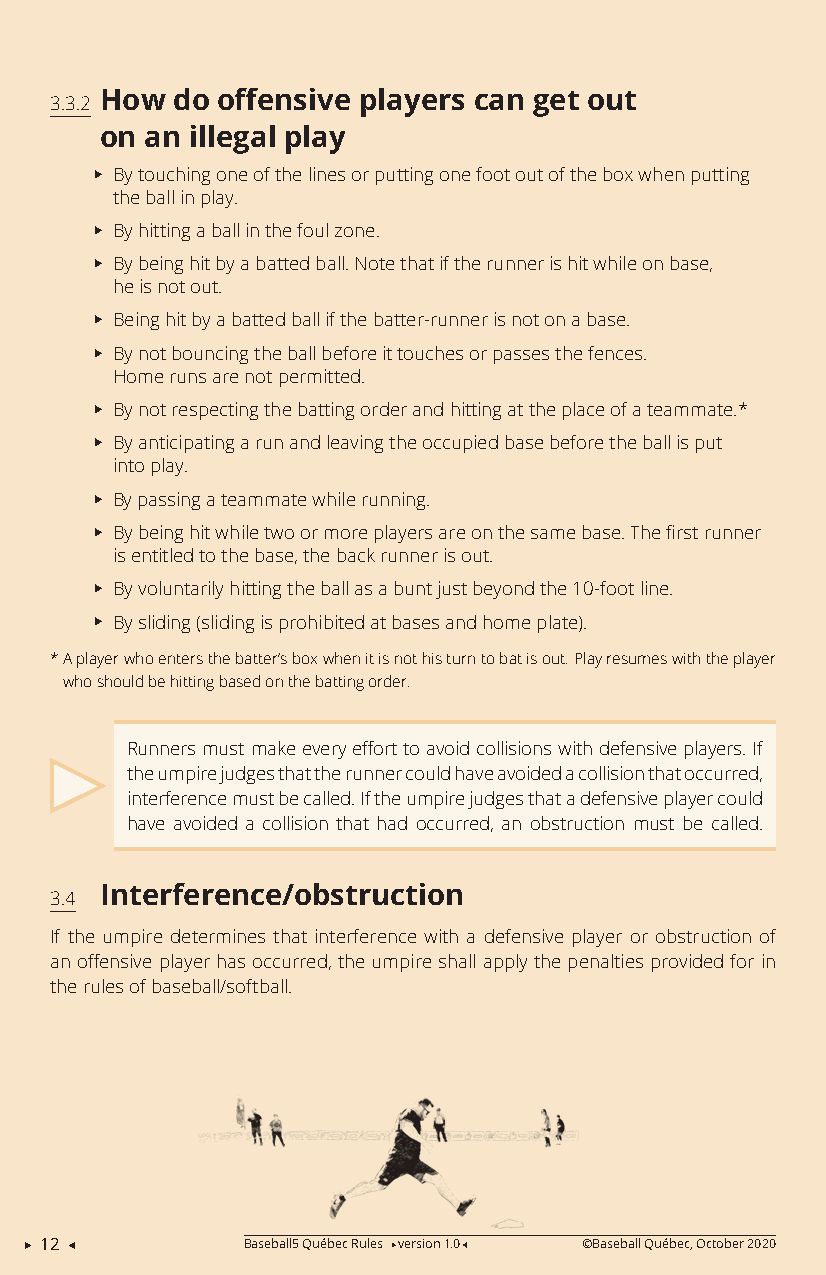
How do offensive players can get out
 3.3.2
 on an illegal play
 XXBy touching one of the lines or putting one foot out of the box when putting
 the ball in play.
 XXBy hitting a ball in the foul zone.
 XXBy being hit by a batted ball. Note that if the runner is hit while on base,
 he is not out.
 XXBeing hit by a batted ball if the batter-runner is not on a base.
 XXBy not bouncing the ball before it touches or passes the fences.
 Home runs are not permitted.
 XXBy not respecting the batting order and hitting at the place of a teammate.*
 XXBy anticipating a run and leaving the occupied base before the ball is put
 into play.
 XXBy passing a teammate while running.
 XXBy being hit while two or more players are on the same base. The first runner
 is entitled to the base, the back runner is out.
 XXBy voluntarily hitting the ball as a bunt just beyond the 10-foot line.
 XXBy sliding (sliding is prohibited at bases and home plate).
 * A player who enters the batter’s box when it is not his turn to bat is out. Play resumes with the player
 who should be hitting based on the batting order.
 Runners must make every effort to avoid collisions with defensive players. If
 the umpire judges that the runner could have avoided a collision that occurred,
 interference must be called. If the umpire judges that a defensive player could
 have avoided a collision that had occurred, an obstruction must be called.
 Interference/obstruction
 3.4
 If the umpire determines that interference with a defensive player or obstruction of
 an offensive player has occurred, the umpire shall apply the penalties provided for in
 the rules of baseball/softball.
  12          Baseball5 Québec Rules version 1.0 ©Baseball Québec, October 2020